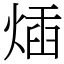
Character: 𤊿